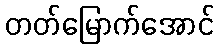
တတ်မြောက်အောင်